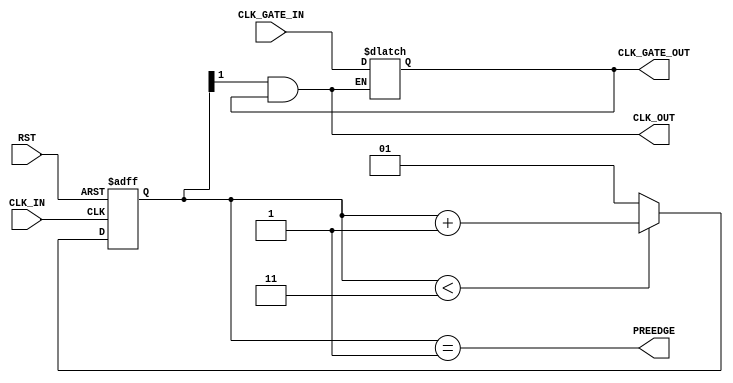

// Copyright (c) 2000-2012 Bluespec, Inc.

// Permission is hereby granted, free of charge, to any person obtaining a copy
// of this software and associated documentation files (the "Software"), to deal
// in the Software without restriction, including without limitation the rights
// to use, copy, modify, merge, publish, distribute, sublicense, and/or sell
// copies of the Software, and to permit persons to whom the Software is
// furnished to do so, subject to the following conditions:

// The above copyright notice and this permission notice shall be included in
// all copies or substantial portions of the Software.

// THE SOFTWARE IS PROVIDED "AS IS", WITHOUT WARRANTY OF ANY KIND, EXPRESS OR
// IMPLIED, INCLUDING BUT NOT LIMITED TO THE WARRANTIES OF MERCHANTABILITY,
// FITNESS FOR A PARTICULAR PURPOSE AND NONINFRINGEMENT. IN NO EVENT SHALL THE
// AUTHORS OR COPYRIGHT HOLDERS BE LIABLE FOR ANY CLAIM, DAMAGES OR OTHER
// LIABILITY, WHETHER IN AN ACTION OF CONTRACT, TORT OR OTHERWISE, ARISING FROM,
// OUT OF OR IN CONNECTION WITH THE SOFTWARE OR THE USE OR OTHER DEALINGS IN
// THE SOFTWARE.
//
// $Revision: 29441 $
// $Date: 2012-08-27 21:58:03 +0000 (Mon, 27 Aug 2012) $

`ifdef BSV_ASSIGNMENT_DELAY
`else
  `define BSV_ASSIGNMENT_DELAY
`endif

`ifdef BSV_POSITIVE_RESET
  `define BSV_RESET_VALUE 1'b1
  `define BSV_RESET_EDGE posedge
`else
  `define BSV_RESET_VALUE 1'b0
  `define BSV_RESET_EDGE negedge
`endif


// A clock divider circuit.
// Division is based on the parameters, where
// Division is upper - lower + 1
// Duty cycle is :
//       let half = 1 << (width-1)
//       (upper - half) / upper - lower + 1
// E.g., (2,1,3) is a divide by 3  duty cycle  2/3
//       (2,0,3) is a divide by 4  duty cycle  2/4
//       (1,0,1) is a divide by 2, duty cycle  1/2
//       (3,1,5) is a divide by 5  duty cycle  2/5
//       (3,2,6) is a divide by 5  duty cycle  3/5
// The offset allow edges for seperate modules to be determined
// relative to each other. a clock divider with offset 1 occurs one
// (fast) clock later than a clock with offset 0.
module GatedClockDiv(CLK_IN,
		     CLK_GATE_IN,
		     RST,
		     PREEDGE,
		     CLK_OUT,
		     CLK_GATE_OUT);

   parameter width = 2 ;        // must be sufficient to hold upper
   parameter lower = 1 ;        //
   parameter upper = 3 ;
   parameter offset = 0;        // offset for relative edges.
                                // (0 <= offset <= (upper - lower)

   input     CLK_IN ;           // input clock
   input     CLK_GATE_IN ;
   input     RST ;

   output    PREEDGE ;          // output signal announcing an upcoming edge
   output    CLK_OUT ;          // output clock
   output    CLK_GATE_OUT ;

   reg [ width -1 : 0 ] cntr ;
   reg                  PREEDGE ;

   reg                  new_gate ;

   // Wire constants for the parameters
   wire [width-1:0]     upper_w ;
   wire [width-1:0]     lower_w ;

   assign               CLK_OUT = cntr[width-1] & new_gate;
   assign               CLK_GATE_OUT = new_gate ;
   assign               upper_w = upper ;
   assign               lower_w = lower ;

   // The clock is about to tick when counter is about to set its msb
   //  Note some simulators do not allow 0 width expressions
   wire [width-1:0]     nexttick = ~ ( 'b01 << (width-1) )  ;

   // Combinational block to generate next edge signal
   always@( cntr or nexttick )
     begin
        #1
        // The nonblocking assignment use to delay the update of the edge ready signal
        // Since this read by other always blocks trigger by the output CLK_OUT of this module
        PREEDGE <= `BSV_ASSIGNMENT_DELAY  (cntr == nexttick) ;
     end

   always@( posedge CLK_IN or `BSV_RESET_EDGE RST )
     begin
        // The use of blocking assignment within this block insures
        // that the clock generated from cntr[MSB] occurs before any
        // LHS of nonblocking assigments also from CLK_IN occur.
        // Basically, this insures that CLK_OUT and CLK_IN occur within
        // the same phase of the execution cycle,  before any state
        // updates occur. see
        // http://www.sunburst-design.com/papers/CummingsSNUG2002Boston_NBAwithDelays.pdf

        if (RST == `BSV_RESET_VALUE )
          cntr = upper - offset ;
        else if ( cntr < upper_w )
          cntr = cntr + 1 ;
        else
          cntr = lower_w ;

     end // always@ ( posedge CLK_IN or `BSV_RESET_EDGE RST )

   // Use latch to avoid glitches
   // Gate can only change when clock is low
   always @( CLK_OUT or CLK_GATE_IN )
     begin
        if ( ! CLK_OUT )
          new_gate <= `BSV_ASSIGNMENT_DELAY CLK_GATE_IN ;
     end

`ifdef BSV_NO_INITIAL_BLOCKS
`else // not BSV_NO_INITIAL_BLOCKS
  // synopsys translate_off
  initial
    begin
       #0 ;
       cntr = (upper - offset) ;
       PREEDGE = 0 ;
       new_gate = 0 ;
    end // initial begin
  // synopsys translate_on
`endif // BSV_NO_INITIAL_BLOCKS


endmodule // ClockDiv